Leaving Certificate Examination (including Day School Certificate (Higher) General paper), 1933
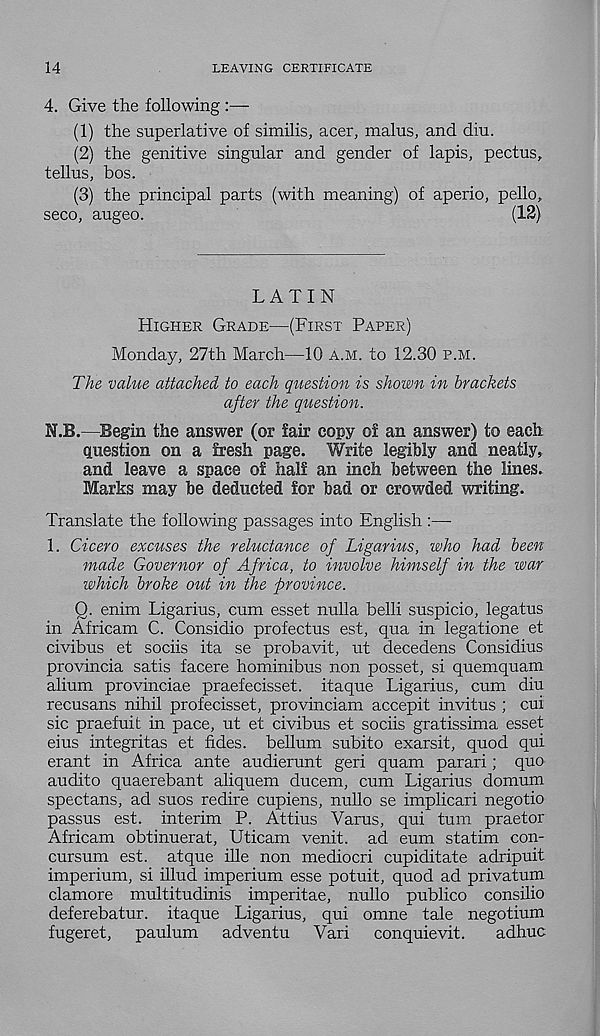
14
LEAVING CERTIFICATE
4. Give the following :—
(1) the superlative of similis, acer, malus, and diu.
(2) the genitive singular and gender of lapis, pectus,
tellus, bos.
(3) the principal parts (with meaning) of aperio, pello,
seco, augeo.
(12)
LATIN
HIGHER GRADE—(FIRST PAPER)
Monday, 27th March—10 A.M. to 12.30 P.M.
The value attached to each question is shown in brackets
after the question.
N.B.—Begin the answer (or fair copy of an answer) to each
question on a fresh page. Write legibly and neatly,
and leave a space of half an inch between the lines.
Marks may be deducted for bad or crowded writing.
Translate the following passages into English :—
1. Cicero excuses the reluctance of Ligarius, who had been
made Governor of Africa, to involve himself in the war
which broke out in the province.
Q. enim Ligarius, cum esset nulla belli suspicio, legatus
in Africam C. Considio profectus est, qua in legatione et
civibus et sociis ita se probavit, ut decedens Considius
provincia satis facere hominibus non posset, si quemquam
alium provinciae praefecisset. itaque Ligarius, cum diu
recusans nihil profecisset, provinciam accepit invitus ; cui
sic praefuit in pace, ut et civibus et sociis gratissima esset
eius integritas et fides. bellum subito exarsit, quod qui
erant in Africa ante audierunt geri quam parari; quo
audito quaerebant aliquem ducem, cum Ligarius domum
spectans, ad suos redire cupiens, nullo se implicari negotio
passus est. interim P. Attius Varus, qui turn praetor
Africam obtinuerat, Uticam venit. ad eum statim con-
cursum est. atque ille non mediocri cupiditate adripuit
imperium, si illud imperium esse potuit, quod ad privatum
clamore multitudinis imperitae, nullo publico consilio
deferebatur. itaque Ligarius, qui omne tale negotium
fugeret, paulum adventu Vari conquievit.
adhuc